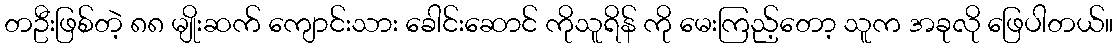
တဦးဖြစ်တဲ့ ၈၈ မျိုးဆက် ကျောင်းသား ခေါင်းဆောင် ကိုသူရိန် ကို မေးကြည့်တော့ သူက အခုလို ဖြေပါတယ်။